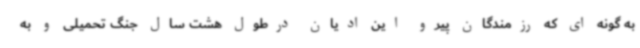
به گونه ای که رزمندگان پیرو این ادیان درطول هشت سال جنگ تحمیلی و به